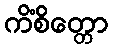
ကိံစိတ္တော